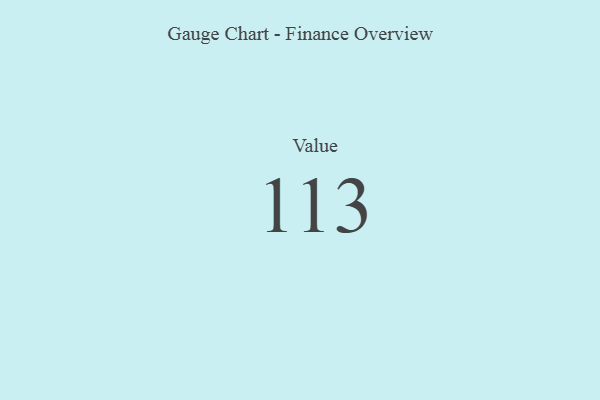
{"axis": {"x": "Metric", "y": "Value"}, "legend": [""], "data": [{"x": "Value", "y": 113, "type": ""}]}